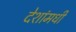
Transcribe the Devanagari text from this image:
देशांमधी